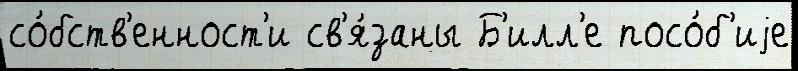
со́бств'енност'и св'я́заны Б'илл'е посо́б'иjе